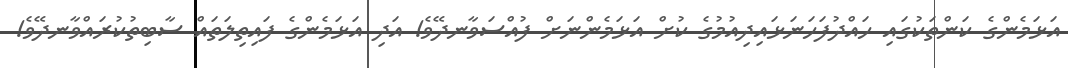
އަޅަމެންގެ ކަންތަކުގައި ހައްދުފަހަނަޅައިދިއުމުގެ ކުށް އަޅަމެންނަށް ފުއްސަވާނދޭވެ! އަދި އަޅަމެންގެ ފައިތިލަތައް ސާބިތުކުރައްވާނދޭވެ!